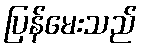
ပြန်မေးသည်